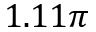
1 . 1 1 \pi